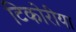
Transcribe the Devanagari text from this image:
टिकोरीया